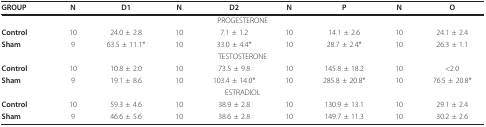
<table><thead><tr><td><b>GROUP</b></td><td><b>N</b></td><td><b>D1</b></td><td><b>N</b></td><td><b>D2</b></td><td><b>N</b></td><td><b>P</b></td><td><b>N</b></td><td><b>O</b></td></tr></thead><tbody><tr><td colspan="9">PROGESTERONE</td></tr><tr><td><b>Control</b></td><td>10</td><td>24.0 ± 2.8</td><td>10</td><td>7.1 ± 1.2</td><td>10</td><td>14.1 ± 2.6</td><td>10</td><td>24.1 ± 2.4</td></tr><tr><td><b>Sham</b></td><td>9</td><td>63.5 ± 11.1*</td><td>10</td><td>33.0 ± 4.4*</td><td>10</td><td>28.7 ± 2.4*</td><td>10</td><td>26.3 ± 1.1</td></tr><tr><td colspan="9">TESTOSTERONE</td></tr><tr><td><b>Control</b></td><td>10</td><td>10.8 ± 2.0</td><td>10</td><td>73.5 ± 9.8</td><td>10</td><td>145.8 ± 18.2</td><td>10</td><td>&lt;2.0</td></tr><tr><td><b>Sham</b></td><td>9</td><td>19.1 ± 8.6</td><td>10</td><td>103.4 ± 14.0*</td><td>10</td><td>285.8 ± 20.8*</td><td>10</td><td>76.5 ± 20.8*</td></tr><tr><td colspan="9">ESTRADIOL</td></tr><tr><td><b>Control</b></td><td>10</td><td>59.3 ± 4.6</td><td>10</td><td>38.9 ± 2.8</td><td>10</td><td>130.9 ± 13.1</td><td>10</td><td>29.1 ± 2.4</td></tr><tr><td><b>Sham</b></td><td>9</td><td>46.6 ± 5.6</td><td>10</td><td>38.6 ± 2.8</td><td>10</td><td>149.7 ± 11.3</td><td>10</td><td>30.2 ± 2.6</td></tr></tbody></table>